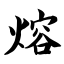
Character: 熔